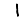
Digit: 1